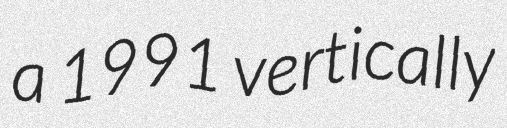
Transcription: a 1991 vertically